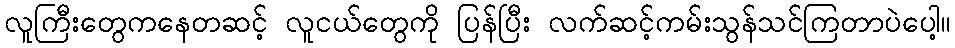
လူကြီးတွေကနေတဆင့် လူငယ်တွေကို ပြန်ပြီး လက်ဆင့်ကမ်းသွန်သင်ကြတာပဲပေါ့။